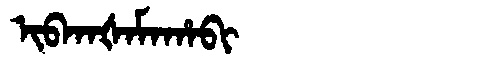
Manchu: ᡳᠪᡴᠠᡧᠠᠮᠠᡥᠠᠪᡳ
Romanization: IBKAŠAMAHABI